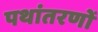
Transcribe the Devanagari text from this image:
पथांतरणों